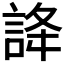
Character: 𧧭